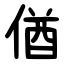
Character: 偤